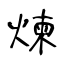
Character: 煉